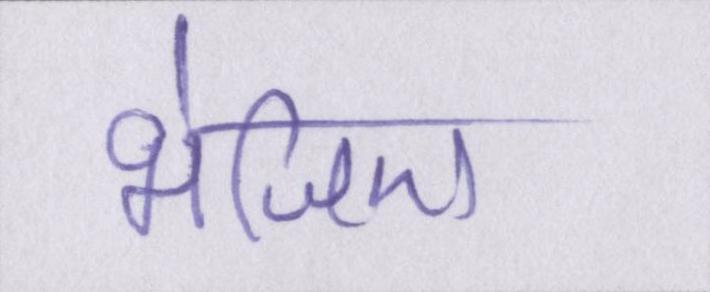
भेजिए